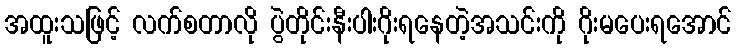
အထူးသဖြင့် လက်စတာလို ပွဲတိုင်းနီးပါးဂိုးရနေတဲ့အသင်းကို ဂိုးမပေးရအောင်